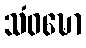
သံဝဍ္ဎော